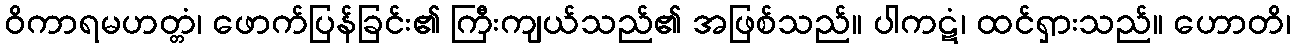
ဝိကာရမဟတ္တံ၊ ဖောက်ပြန်ခြင်း၏ ကြီးကျယ်သည်၏ အဖြစ်သည်။ ပါကဋံ၊ ထင်ရှားသည်။ ဟောတိ၊